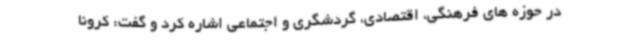
در حوزه های فرهنگی، اقتصادی، گردشگری و اجتماعی اشاره کرد و گفت: کرونا